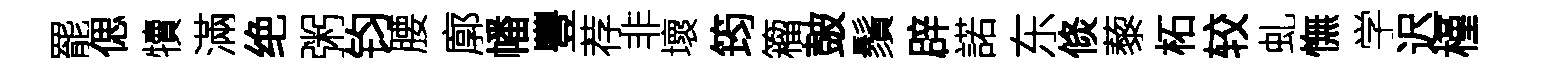
罷偲犢滿绝粥钧腰廓幡豐荐非壞筠籕皷鬚辟諾东倐藜柘较虬憮学迟槿